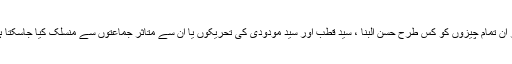
آخر ان تمام چیزوں کو کس طرح حسن البنا ، سید قطب اور سید مودودی کی تحریکوں یا ان سے متاثر جماعتوں سے منسلک کیا جاسکتا ہے۔